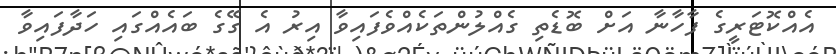
އެއްކޮޓަރީގެ ފާހާނާ އަށް ބޮޑެތި ގެއްލުންތަކެއްވެފައިވާ އިރު އެ ގޭގެ ބައެއްގައި ހަދާފައިވާ